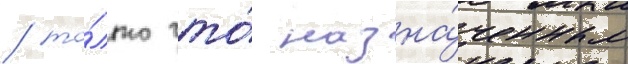
/ то́лько что́ назна́ченным